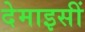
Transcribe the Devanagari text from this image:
देमाइसीं